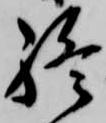
終